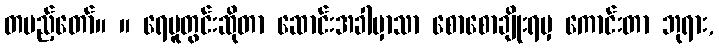
တပည့်တော်။ ။ ရေပူတွင်းဆိုတာ ဆောင်းအခါမှာသာ စောစောချိုးရမှ ကောင်းတာ ဘုရား,